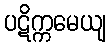
ပဋိက္ကမေယျ